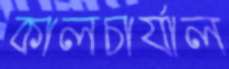
কালচার্যাল